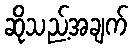
ဆိုသည့်အချက်